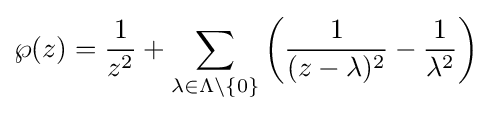
\wp (z)={\frac {1}{z^{2}}}+\sum _{\lambda \in \Lambda \setminus \{0\}}\left({\frac {1}{(z-\lambda )^{2}}}-{\frac {1}{\lambda ^{2}}}\right)